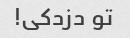
تو دزدکی!